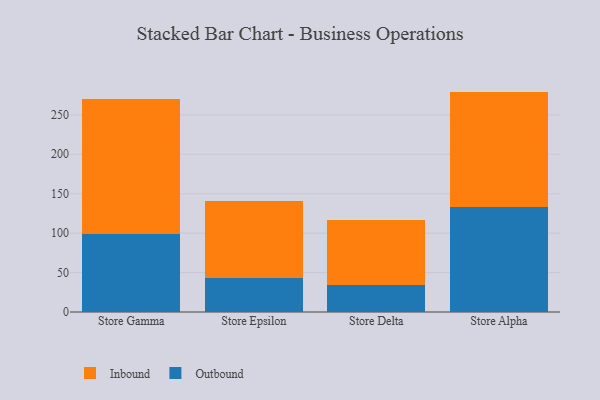
{"axis": {"x": "Store", "y": "Satisfaction Score"}, "legend": ["Inbound", "Outbound"], "data": [{"x": "Store Gamma", "y": 98.4, "type": "Outbound"}, {"x": "Store Gamma", "y": 171.8, "type": "Inbound"}, {"x": "Store Epsilon", "y": 42.7, "type": "Outbound"}, {"x": "Store Epsilon", "y": 98.5, "type": "Inbound"}, {"x": "Store Delta", "y": 34.2, "type": "Outbound"}, {"x": "Store Delta", "y": 82.0, "type": "Inbound"}, {"x": "Store Alpha", "y": 133.5, "type": "Outbound"}, {"x": "Store Alpha", "y": 146.0, "type": "Inbound"}]}